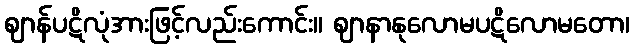
ဈာန်ပဋိလုံအားဖြင့်လည်းကောင်း။ ဈာနာနုလောမပဋိလောမတော၊